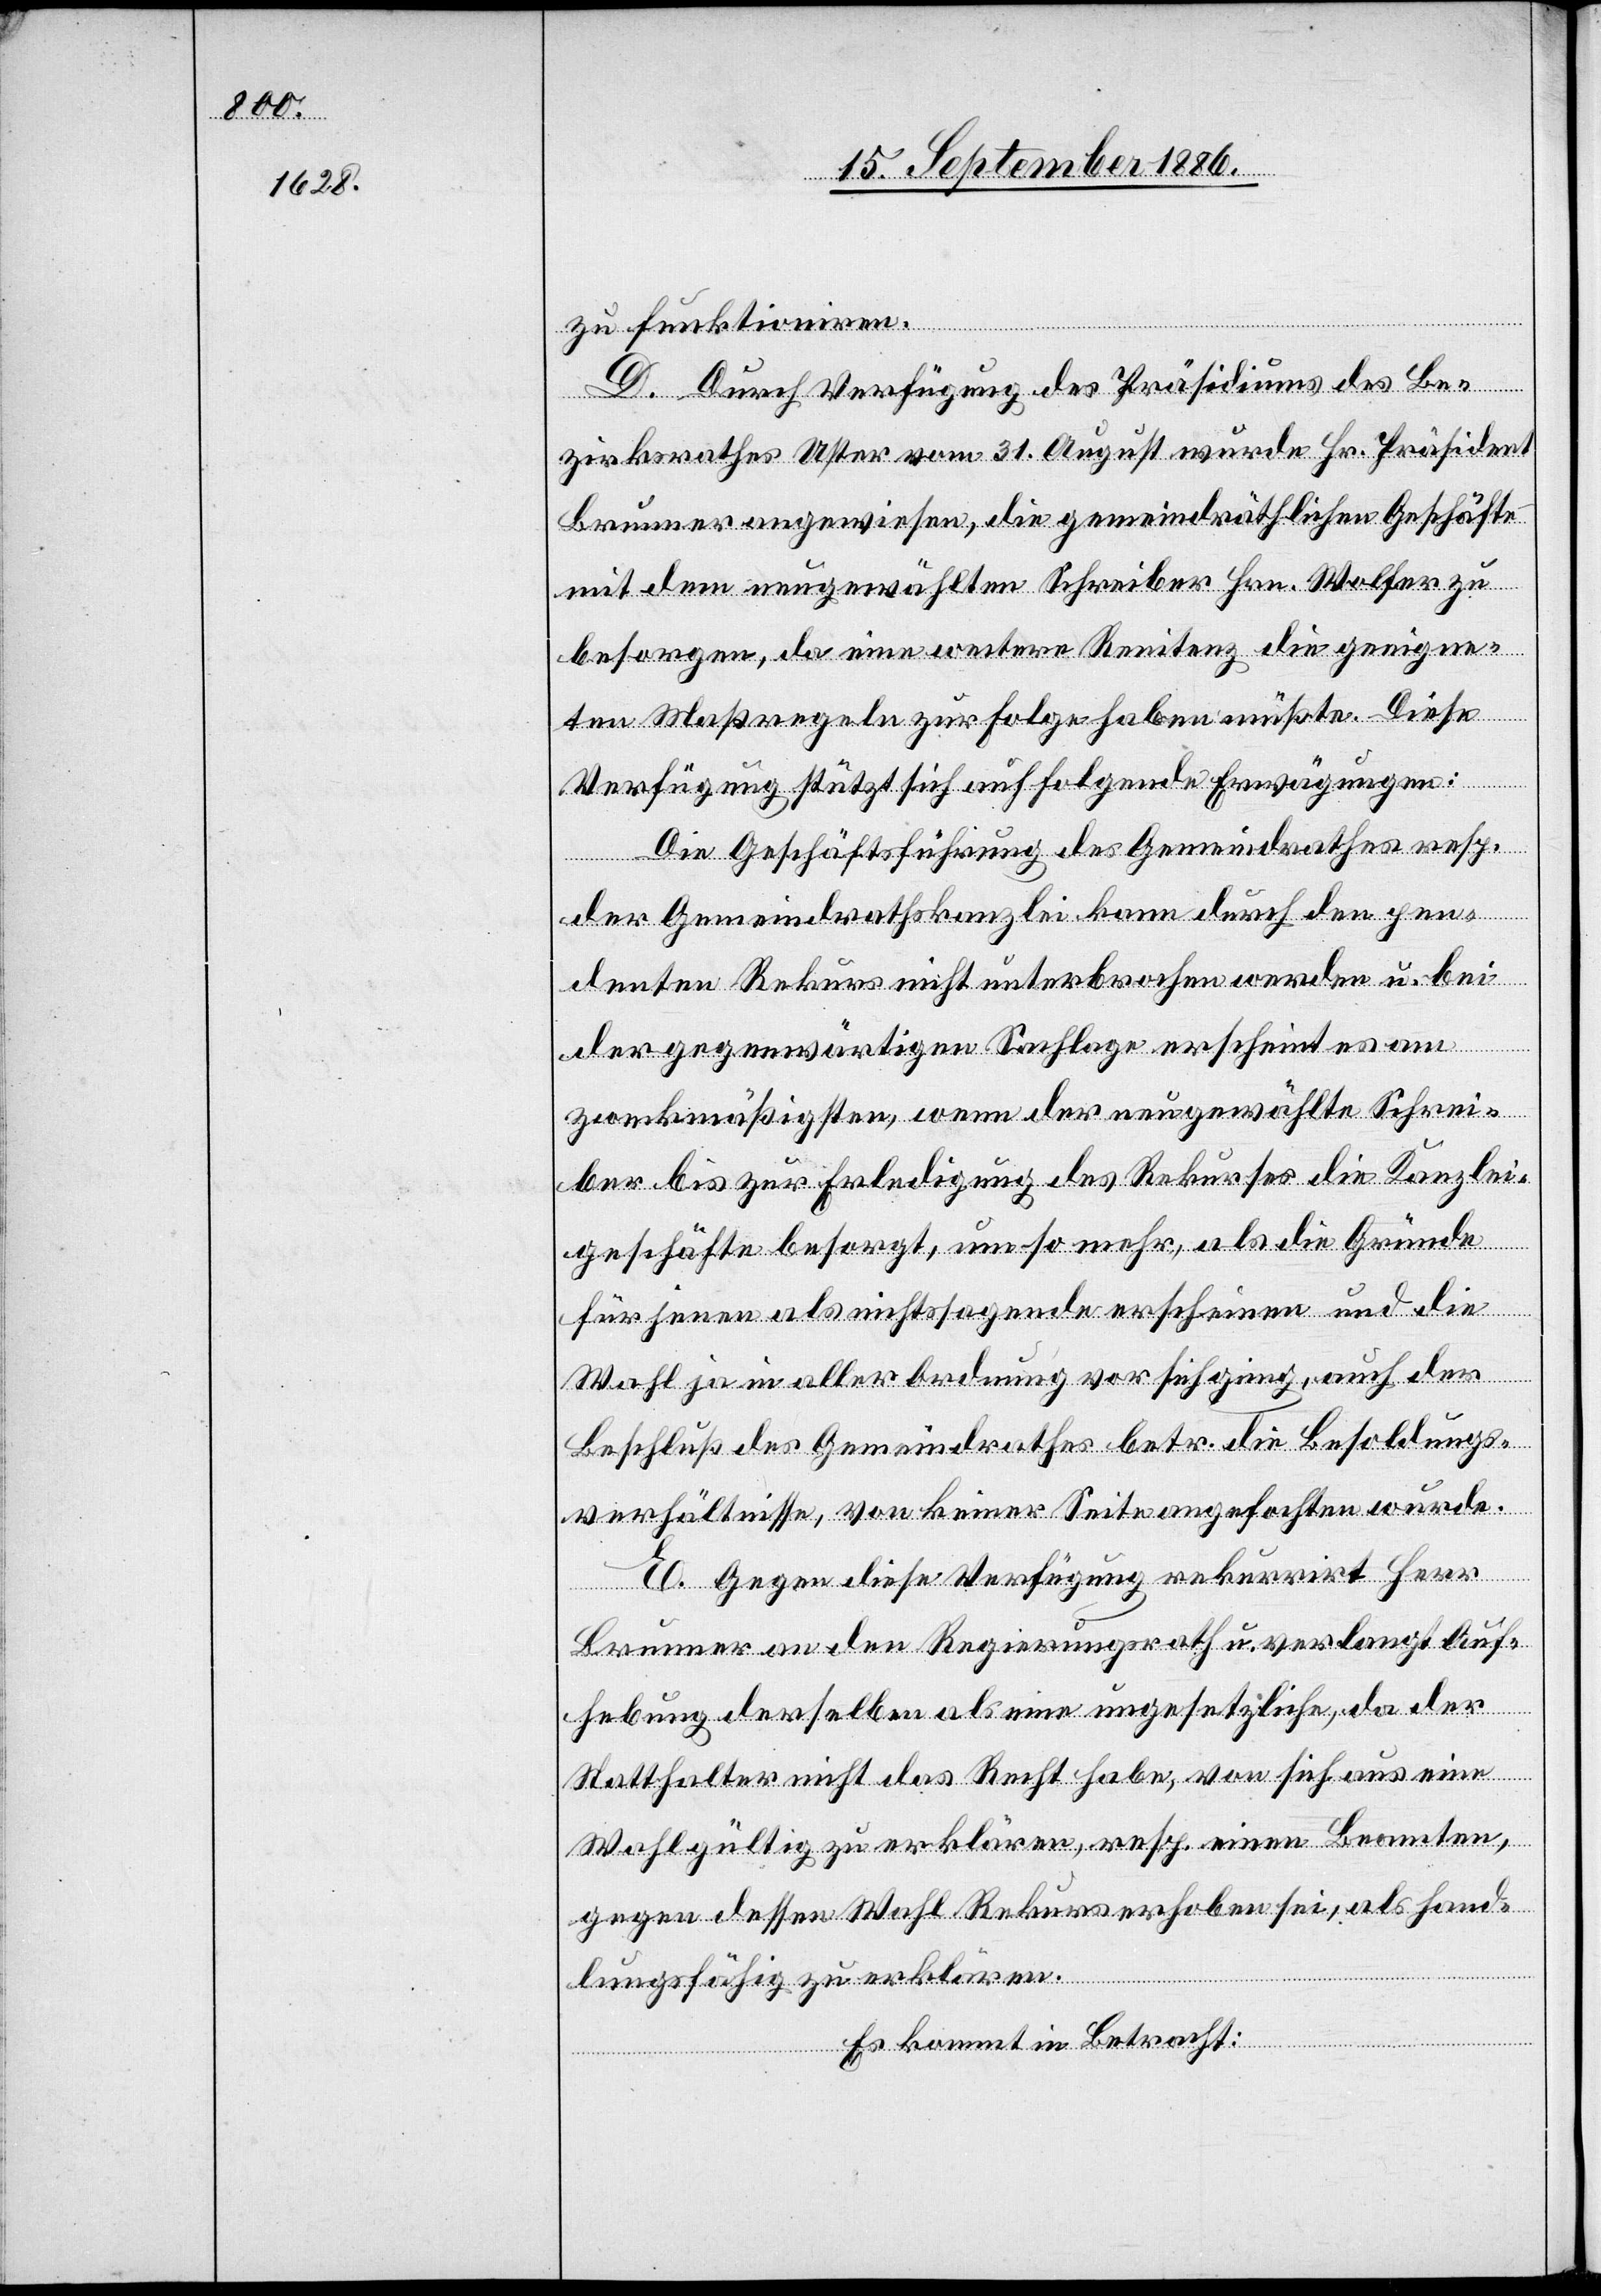
zu funktioniren.
D. Durch Verfügung des Präsidiums des Be¬
zirksrathes Uster vom 31. August wurde Hr. Präsident
Brunner angewiesen, die gemeindräthlichen Geschäfte
mit dem neugewählten Schreiber Hrn. Wolfer zu
besorgen, da eine weitere Renitenz die geeigne¬
ten Maßregeln zur Folge haben müßte. Diese
Verfügung stützt sich auf folgende Erwägungen:
Die Geschäftsführung des Gemeindrathes resp.
der Gemeindrathskanzlei kann durch den pen¬
denten Rekurs nicht unterbrochen werden u. bei
der gegenwärtigen Sachlage erscheint es am
zweckmäßigsten, wenn der neugewählte Schrei¬
ber bis zur Erledigung des Rekurses die Kanzlei¬
geschäfte besorgt, um so mehr, als die Gründe
für jenen als nichtssagende erscheinen und die
Wahl ja in aller Ordnung vor sich ging, auch der
Beschluß des Gemeindrathes betr. die Besoldungs¬
verhältnisse, von keiner Seite angefochten wurde.
E. Gegen diese Verfügung rekurrirt Herr
Brunner an den Regierungsrath u. verlangt Auf¬
hebung derselben als eine ungesetzliche, da der
Statthalter nicht das Recht habe, von sich aus eine
Wahl gültig zu erklären, resp. einen Beamten,
gegen dessen Wahl Rekurs erhoben sei, als hand¬
lungsfähig zu erklären.
Es kommt in Betracht: